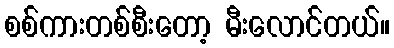
စစ်ကားတစ်စီးတော့ မီးလောင်တယ်။